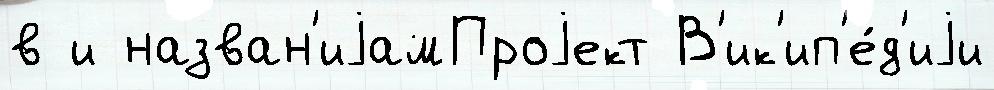
в и назван'иjамПроjект В'ик'ип'е́д'иjи